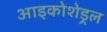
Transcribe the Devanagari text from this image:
आइकोशेड्रल